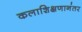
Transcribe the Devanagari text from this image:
कलाशिक्षणानंतर